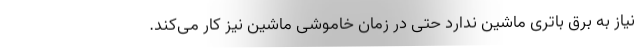
نیاز به برق باتری ماشین ندارد حتی در زمان خاموشی ماشین نیز کار می‌کند.